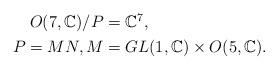
LaTeX: \begin{align*}\begin{aligned} O(7,{\mathbb C})/P &= {\mathbb C}^7, \\ P = MN,M&=GL(1,{\mathbb C}) \times O(5,{\mathbb C}).\end{aligned}\end{align*}